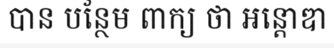
បាន បន្ថែម ពាក្យ ថា អន្តោឌា